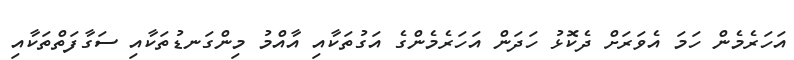
އަހަރެމެން ހަމަ އެވަރަށް ދެކޮޅު ހަދަން އަހަރެމެންގެ އަގުތަކާއި އާއްމު މިންގަނޑުތަކާއި ސަގާފަތްތަކާއި